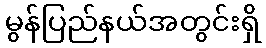
မွန်ပြည်နယ်အတွင်းရှိ